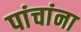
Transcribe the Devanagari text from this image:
पांचांना